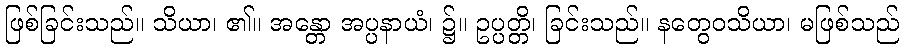
ဖြစ်ခြင်းသည်။ သိယာ၊ ၏။ အန္တော အပ္ပနာယံ၊ ၌။ ဥပ္ပတ္တိ၊ ခြင်းသည်။ နတွေဝသိယာ၊ မဖြစ်သည်